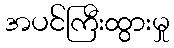
အပင်ကြီးထွားမှု